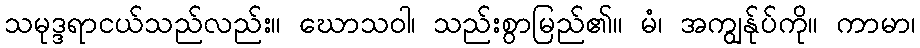
သမုဒ္ဒရာငယ်သည်လည်း။ ဃောသဝါ၊ သည်းစွာမြည်၏။ မံ၊ အကျွန်ုပ်ကို။ ကာမာ၊